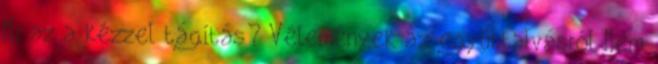
Mi az a kézzel tágítás? Vélemények az együttalvásról Nem